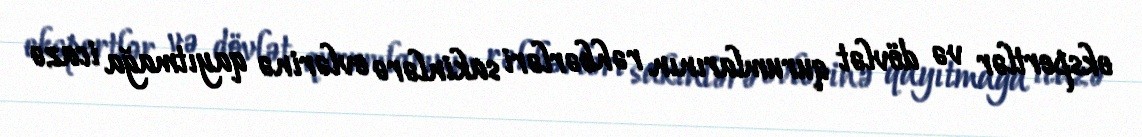
ekspertlər və dövlət qurumlarının rəhbərləri sakinlərə evlərinə qayıtmağa icazə